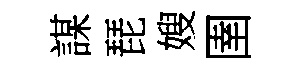
謀琵嫂圉